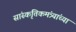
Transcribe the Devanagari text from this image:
सांस्कृतिकमंत्र्यांच्या